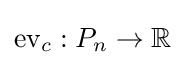
\operatorname {ev} _{c}:P_{n}\to \mathbb {R}